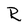
Character: R